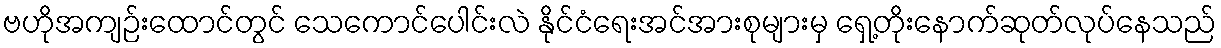
ဗဟိုအကျဉ်းထောင်တွင် သေကောင်ပေါင်းလဲ နိုင်ငံရေးအင်အားစုများမှ ရှေ့တိုးနောက်ဆုတ်လုပ်နေသည်